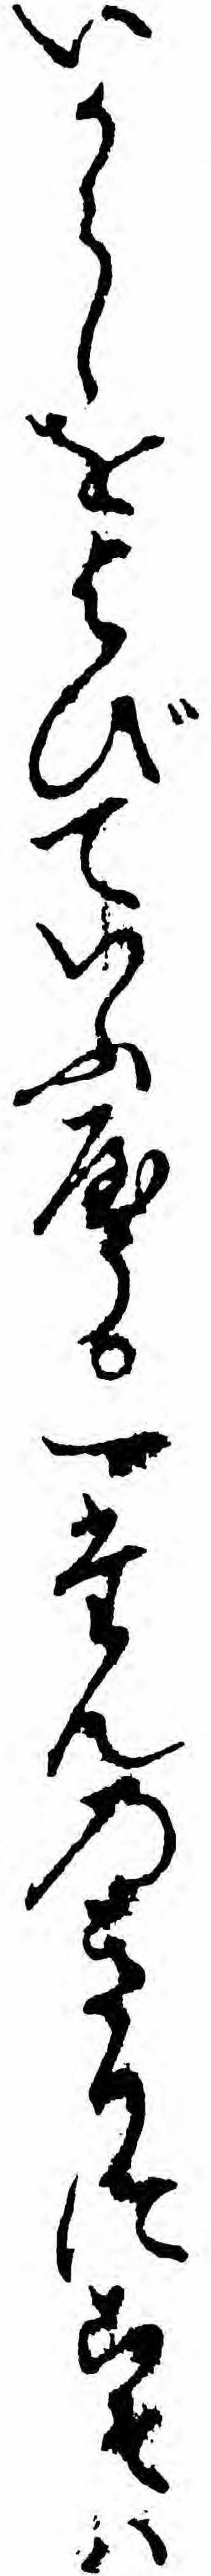
いからしをよびていふやう一たんのきりにこそハ